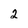
Character: 2